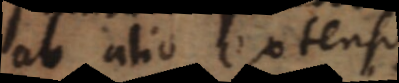
ab alio extenso